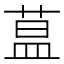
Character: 蒀